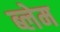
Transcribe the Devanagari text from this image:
ब्लेम